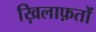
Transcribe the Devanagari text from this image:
ख़िलाफ़तों